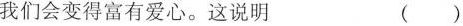
我们会变得富有爱心。这说明（）